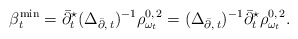
\begin{align*}\beta^{\min} _t=\bar\partial^{\star} _t (\Delta_{\bar\partial,\, t})^{-1}\rho_{\omega_t} ^{0,\,2} \stackrel{}{=} (\Delta_{\bar\partial,\, t})^{-1}\bar\partial^{\star} _t\rho_{\omega_t} ^{0,\,2} .\end{align*}